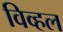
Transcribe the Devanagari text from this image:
विव्हल